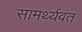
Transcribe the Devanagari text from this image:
सामर्थ्यवंत